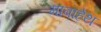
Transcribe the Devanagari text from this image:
माबाहेथ